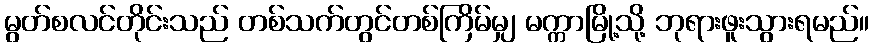
မွတ်စလင်တိုင်းသည် တစ်သက်တွင်တစ်ကြိမ်မျှ မက္ကာမြို့သို့ ဘုရားဖူးသွားရမည်။